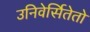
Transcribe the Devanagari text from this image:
उनिवेर्सितेतो